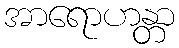
အာရောဟန္တာ